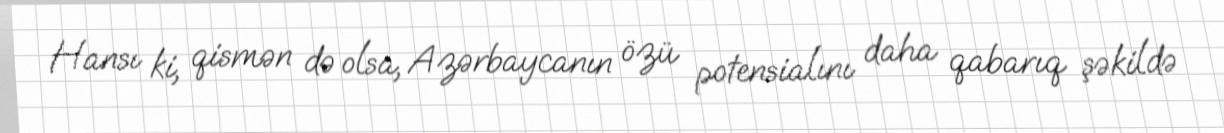
Hansı ki, qismən də olsa, Azərbaycanın özü potensialını daha qabarıq şəkildə